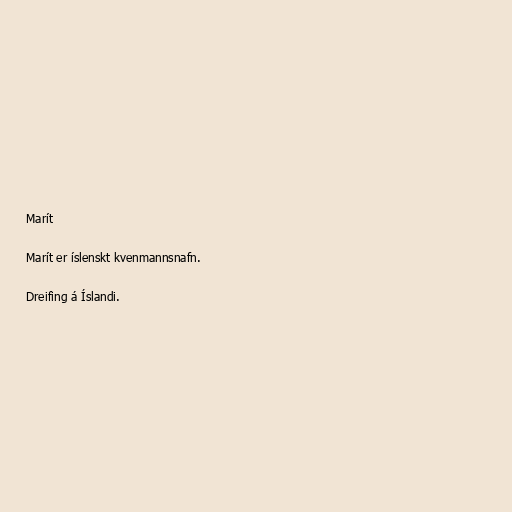
Marít

Marít er íslenskt kvenmannsnafn.

Dreifing á Íslandi.